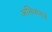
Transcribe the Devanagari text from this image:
अभिधानाने